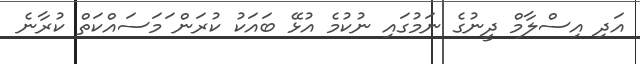
އަދި އިސްލާމް ދީނުގެ ނަމުގައި ނުކުމެ އުޅޭ ބައަކު ކުރަން ަމަސައްކަތް ކުރާނެ